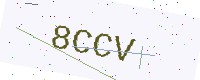
Text: 8CCV